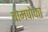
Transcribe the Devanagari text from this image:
बोमपोका